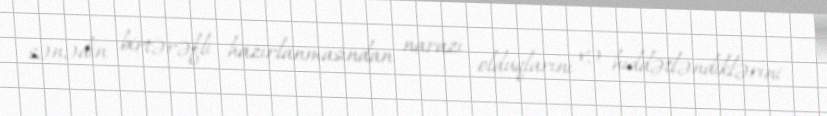
sənədin birtərəfli hazırlanmasından narazı olduqlarını və hiddətləndiklərini